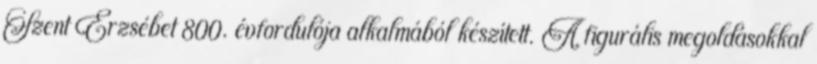
Szent Erzsébet 800. évfordulója alkalmából készített. A figurális megoldásokkal